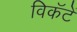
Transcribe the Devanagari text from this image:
विकॅटें